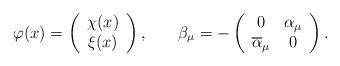
LaTeX: \begin{align*}\varphi (x)=\left(\begin{array}{c}\chi (x) \\\xi (x)\end{array}\right) ,\hspace{0.3in}\beta _\mu =-\left(\begin{array}{cc}0 & \alpha _\mu \\\overline{\alpha }_\mu & 0\end{array}\right) . \end{align*}